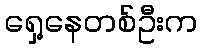
ရှေ့နေတစ်ဦးက